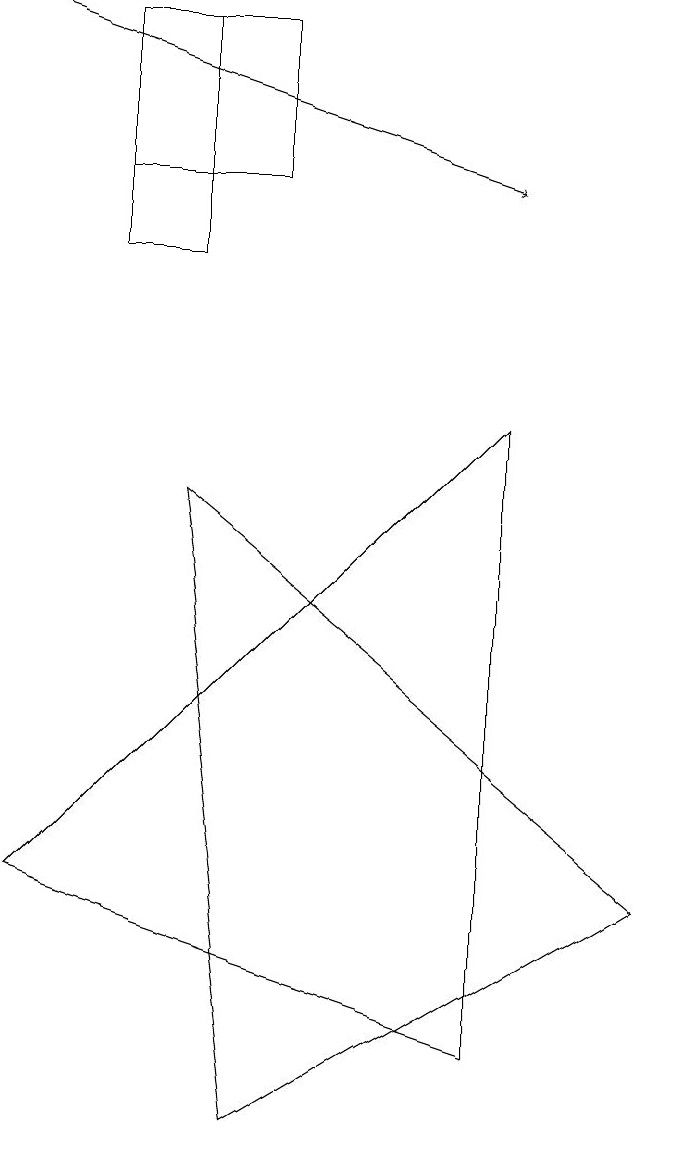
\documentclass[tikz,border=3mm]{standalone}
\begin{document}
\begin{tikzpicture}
\draw (3,12) rectangle (1,14);
\draw (2,11) rectangle (1,14);
\draw (6,1) -- (0,3) -- (6,9) -- cycle;
\draw (3,0) -- (8,3) -- (2,8) -- cycle;
\draw[->] (0,14) -- (6,12);
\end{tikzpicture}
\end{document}